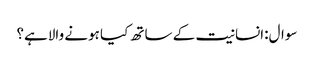
سوال:انسانیت کے ساتھ کیا ہونے والاہے؟